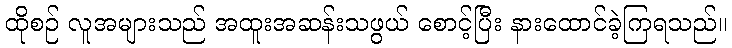
ထိုစဉ် လူအများသည် အထူးအဆန်းသဖွယ် စောင့်ပြီး နားထောင်ခဲ့ကြရသည်။